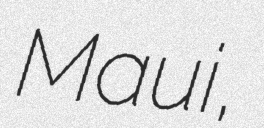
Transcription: Maui,